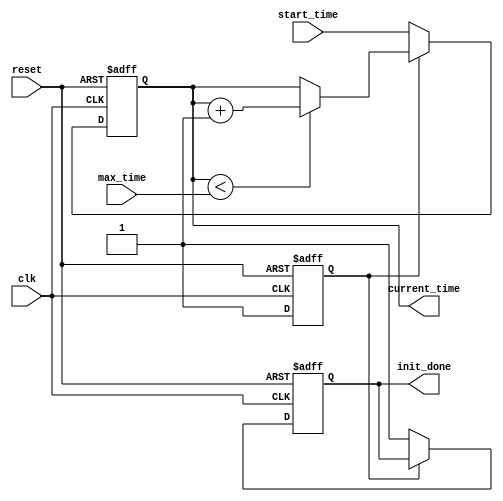
module simulation_time_init (
    input wire clk,               // Clock signal
    input wire reset,             // Reset signal
    input wire [31:0] start_time, // Initial time value
    input wire [31:0] max_time,   // Maximum simulation time
    output reg [31:0] current_time, // Current simulation time
    output reg init_done          // Initialization done flag
);

    // Internal state variable
    reg [31:0] time_counter;      // Counter to track time progression

    // State to track initialization
    reg initialized;

    // Initialization block
    always @(posedge clk or posedge reset) begin
        if (reset) begin
            current_time <= 32'b0;  // Reset current time
            time_counter <= 32'b0;   // Reset time counter
            init_done <= 1'b0;       // Initialization not done
            initialized <= 1'b0;     // Not initialized
        end else if (!initialized) begin
            current_time <= start_time; // Set current time to start_time
            time_counter <= start_time;  // Initialize time counter
            init_done <= 1'b1;            // Mark initialization as done
            initialized <= 1'b1;          // Set initialized flag
        end else if (current_time < max_time) begin
            // Increment current time based on some time interval
            current_time <= current_time + 1; // Increment current time
            time_counter <= time_counter + 1;   // Increment time counter
        end
    end

    // Debugging and monitoring
    always @(posedge clk) begin
        if (init_done) begin
            $display("Current Time: %d", current_time);
        end
    end

endmodule